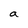
Character: a